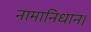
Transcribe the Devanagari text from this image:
नामानिधान।